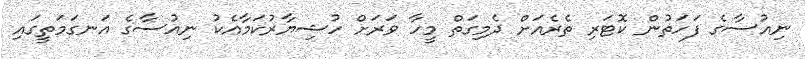
ނިއުސާގެ ފަހަތުން ކޮޓަރި ތެރެއަށް ދެމިގަތް މީހާ ވަރަށް ހުޝިޔާރުކަމާއެކު ނިއުސާގެ އަނގަމަތީގައި